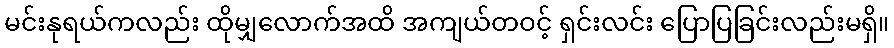
မင်းနုရယ်ကလည်း ထိုမျှလောက်အထိ အကျယ်တဝင့် ရှင်းလင်း ပြောပြခြင်းလည်းမရှိ။